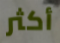
أكثر